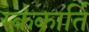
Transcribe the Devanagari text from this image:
म्ककार्ति